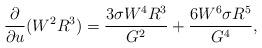
LaTeX: \begin{align*}\frac{\partial}{\partial u} (W^2 R^3) = \frac{3 \sigma W^4 R^3}{G^2} +\frac{6 W^6 \sigma R^5}{G^4},\end{align*}